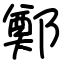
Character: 鄭